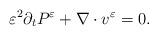
LaTeX: \begin{align*}\varepsilon^{2} \partial_{t}P^{\varepsilon} + \nabla \cdot v^{\varepsilon} = 0.\end{align*}